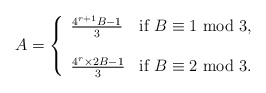
\begin{align*} A = \left \{\begin{array}{ll} \frac{4^{r+1}B-1}{3} & \mbox{if } B \equiv 1 \mbox{ mod } 3, \\ \\\frac{4^r \times 2B-1}{3} & \mbox{if } B \equiv 2 \mbox{ mod } 3. \end{array}\right .\end{align*}